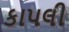
કાપલી